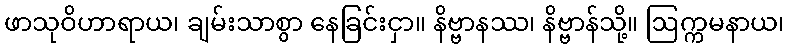
ဖာသုဝိဟာရာယ၊ ချမ်းသာစွာ နေခြင်းငှာ။ နိဗ္ဗာနဿ၊ နိဗ္ဗာန်သို့။ ဩက္ကမနာယ၊